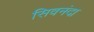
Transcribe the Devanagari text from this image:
सिवनंदा